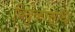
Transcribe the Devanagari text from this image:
विदुकास्थि